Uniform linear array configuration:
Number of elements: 64
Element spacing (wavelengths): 0.5
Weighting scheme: hann
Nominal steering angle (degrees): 45
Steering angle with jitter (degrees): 45.552
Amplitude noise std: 0.05
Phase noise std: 0.05

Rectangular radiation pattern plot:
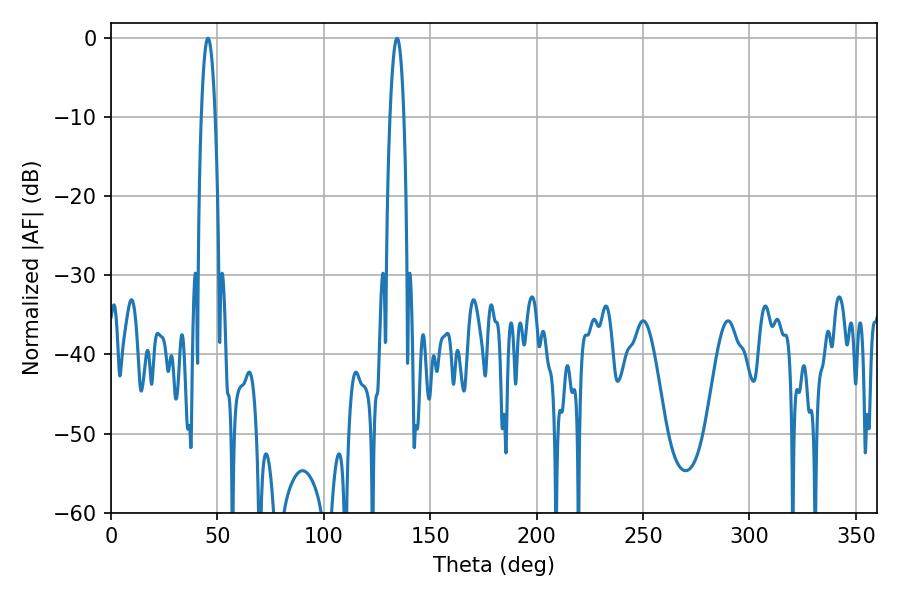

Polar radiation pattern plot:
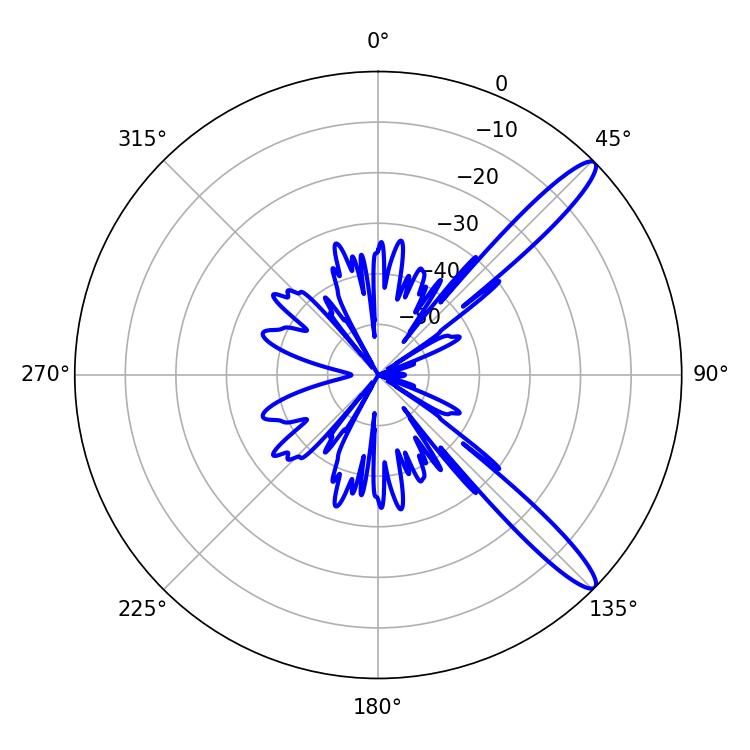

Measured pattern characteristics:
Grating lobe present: FALSE
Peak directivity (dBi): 13.119
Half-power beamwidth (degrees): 3.6
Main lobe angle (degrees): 45.54